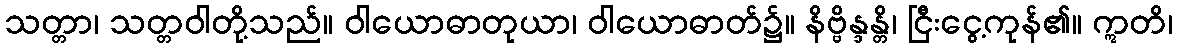
သတ္တာ၊ သတ္တဝါတို့သည်။ ဝါယောဓာတုယာ၊ ဝါယောဓာတ်၌။ နိဗ္ဗိန္ဒန္တိ၊ ငြီးငွေ့ကုန်၏။ ဣတိ၊